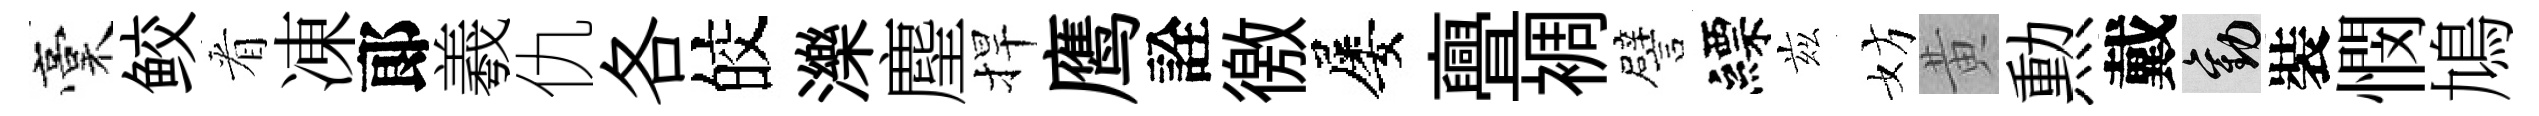
稾鲛㸔凍郞羲仇各皎濼麈捍鹰詮徼屡亹裯譬縹兹妨黄勲戴勸裝憫鳩